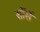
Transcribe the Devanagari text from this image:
सॉर्स